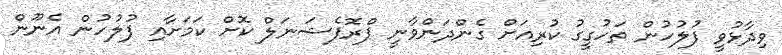
ވިދާޅުވީ ފުލުހުން ތަހުގީގު ކުރިއަށް ގެންދަންވާނީ ޕްރޮފެޝަނަލް ކޮށް ކަމަށާއި ފުލުހުން އެނޫން